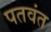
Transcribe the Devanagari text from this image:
पतवंत